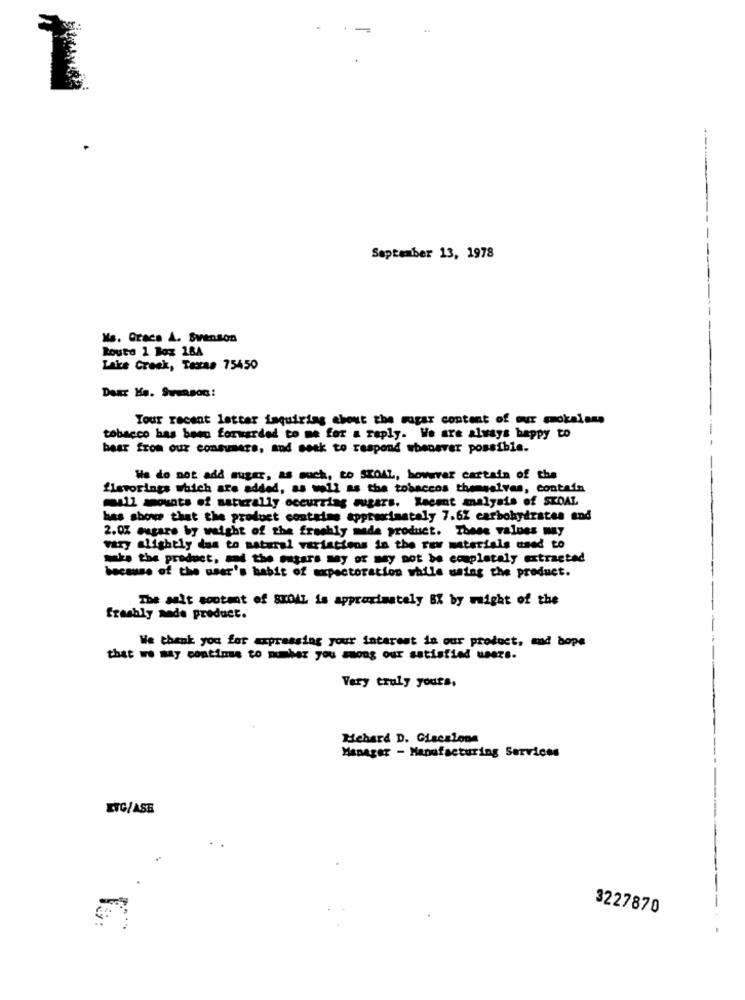
September 13, 1978
Ns. Grace A. Svenson
Routa 1 Box 184
Lake Creek, Texas 75450
Dear Ka. Sucasoo:
Tour recent letter inquiring about the sogar content of our mmokalana
tobacco has been forwarded to me for a reply. We are always happy to
bear from our consumers, and soak to respond whenever possible.
We do not add sugar, as such, to SKOAL, however cartain of the
flavorings which are added, as well as the tobaccos themselves, contain
mall amounts of naturally occurring sugars. Recent analysis of SKOAL
has shows that the product contains approximately 7.62 carbohydrates and
2.0% eugare by weight of the freshly made product. These values wy
vary slightly dos to matural variations in the new materials used to
make the product, and the matars may or may not be completely extracted
because of the user's habit of expectoration while using the product.
The ault sontmat of SKOAL is approximately BX by might of the
Freshly made product.
We thank you for expressing your interest in our product, and hope
that we may continue to number you among our satisfied weers.
Very truly yours,
Hehard D. Giacalone
Manager - Manufacturing Services
ENG/ASE
3227870